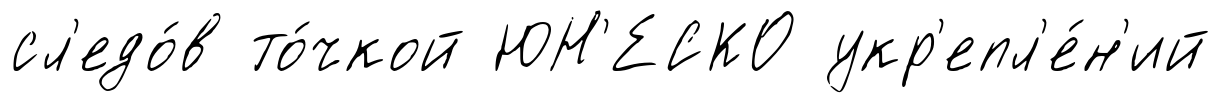
сл'едо́в то́чкой ЮН'ЕСКО укр'епл'е́н'ий